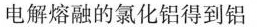
电解熔融的氯化铝得到铝